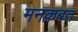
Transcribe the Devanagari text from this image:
मनक़बत